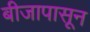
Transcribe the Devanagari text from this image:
बीजापासून